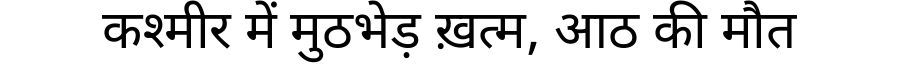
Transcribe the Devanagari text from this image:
कश्मीर में मुठभेड़ ख़त्म, आठ की मौत